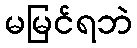
မမြင်ရဘဲ